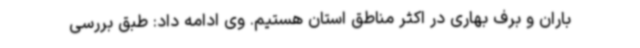
باران و برف بهاری در اکثر مناطق استان هستیم. وی ادامه داد: طبق بررسی